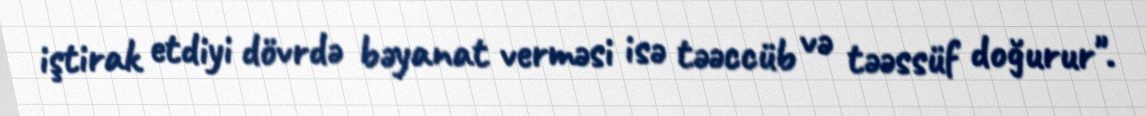
iştirak etdiyi dövrdə bəyanat verməsi isə təəccüb və təəssüf doğurur".